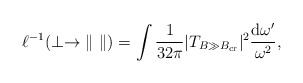
\begin{align*}\ell^{-1}(\perp\to \| ~ \|) = \int \frac {1}{32\pi}|T_{B \gg B_{\rm cr}}|^2\frac {{\rm d}\omega'}{\omega^2},\end{align*}